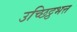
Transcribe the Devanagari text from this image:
उच्छिट्ठभत्त